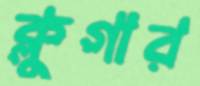
ক্লুগার